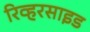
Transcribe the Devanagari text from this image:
रिव्हरसाइड